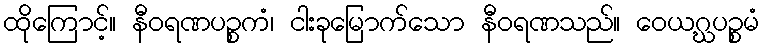
ထိုကြောင့်။ နီဝရဏပဉ္စကံ၊ ငါးခုမြောက်သော နီဝရဏသည်။ ဝေယဂ္ဃပဉ္စမံ